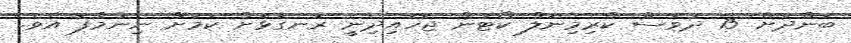
ބަންދަށް 15 ދުވަސް ކްރިމިނަލް ކޯޓުން ޖަހައިދިނީ ރަނގަޅަށް ކަމަށް ނިންމާފަ އެވެ.